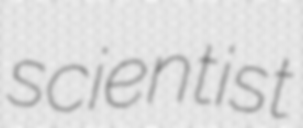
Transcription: scientist